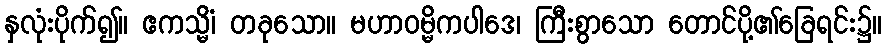
နှလုံးပိုက်၍။ ဧကသ္မိံ၊ တခုသော။ မဟာဝမ္မိကပါဒေ၊ ကြီးစွာသော တောင်ပို့၏ခြေရင်း၌။